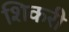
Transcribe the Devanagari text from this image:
शिकरी